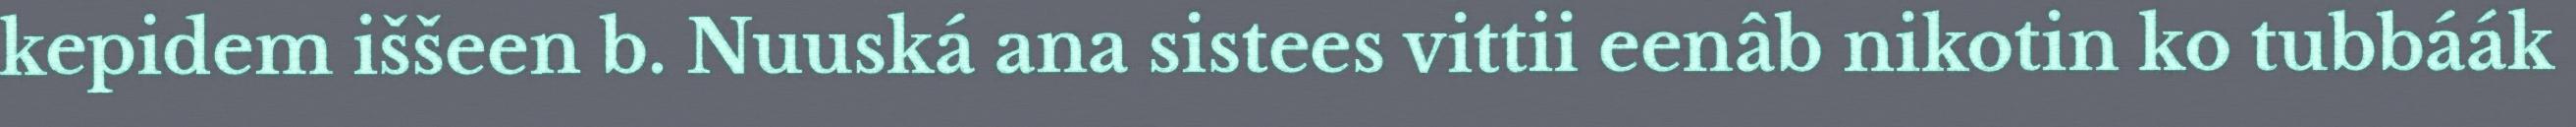
kepidem iššeen b. Nuuská ana sistees vittii eenâb nikotin ko tubbáák